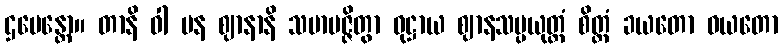
ဌပေန္တော။ တာနိ ဝါ ပန ဈာနာနိ သမာပဇ္ဇိတွာ ဝုဋ္ဌာယ ဈာနသမ္ပယုတ္တံ စိတ္တံ ခယတော ဝယတော